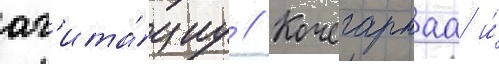
аг'ита́циу // Кочегарнаа и́